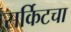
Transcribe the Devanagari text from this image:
सर्किटचा